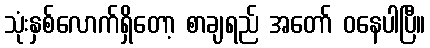
သုံးနှစ်လောက်ရှိတော့ စာချရည် အတော် ဝနေပါပြီ။